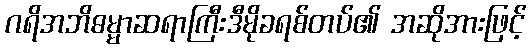
ဂရိအဘိဓမ္မာဆရာကြီးဒီမိုခရစ်တပ်၏ အဆိုအားဖြင့်